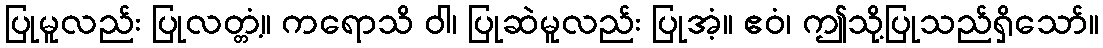
ပြုမူလည်း ပြုလတ္တံ့။ ကရောသိ ဝါ၊ ပြုဆဲမူလည်း ပြုအံ့။ ဧဝံ၊ ဤသို့ပြုသည်ရှိသော်။